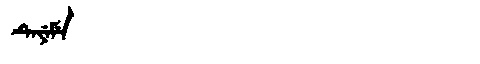
Manchu: ᡨᡝᠶᡝᠮᡝ
Romanization: TEYEME